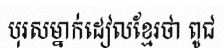
បុរសម្នាក់ដៀលខ្មែរថា ពូជ